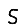
Digit: 5